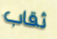
ثقاب